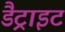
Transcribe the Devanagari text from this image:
डैट्राइट